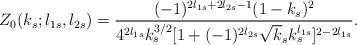
LaTeX: \begin{align*}Z_0(k_s;l_{1s},l_{2s})=\frac{(-1)^{2l_{1s}+2l_{2s}-1}(1-k_s)^2}{4^{2l_{1s}}k_s^{3/2}[1+(-1)^{2l_{2s}}\sqrt k_sk_s^{l_{1s}}]^{2-2l_{1s}}}.\end{align*}